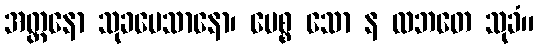
အတ္တနော သုခမေသာနော၊ ပေစ္စ သော န လဘတေ သုခံ။